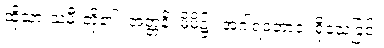
ထိုသားသမီးတို့၏။ အတ္တနိ၊ မိမိ၌။ အဂါရဝဘာဝံ၊ ရိုသေခြင်း